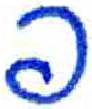
אות: פ